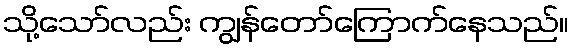
သို့သော်လည်း ကျွန်တော်ကြောက်နေသည်။